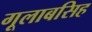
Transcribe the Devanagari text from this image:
गूलाबसिह